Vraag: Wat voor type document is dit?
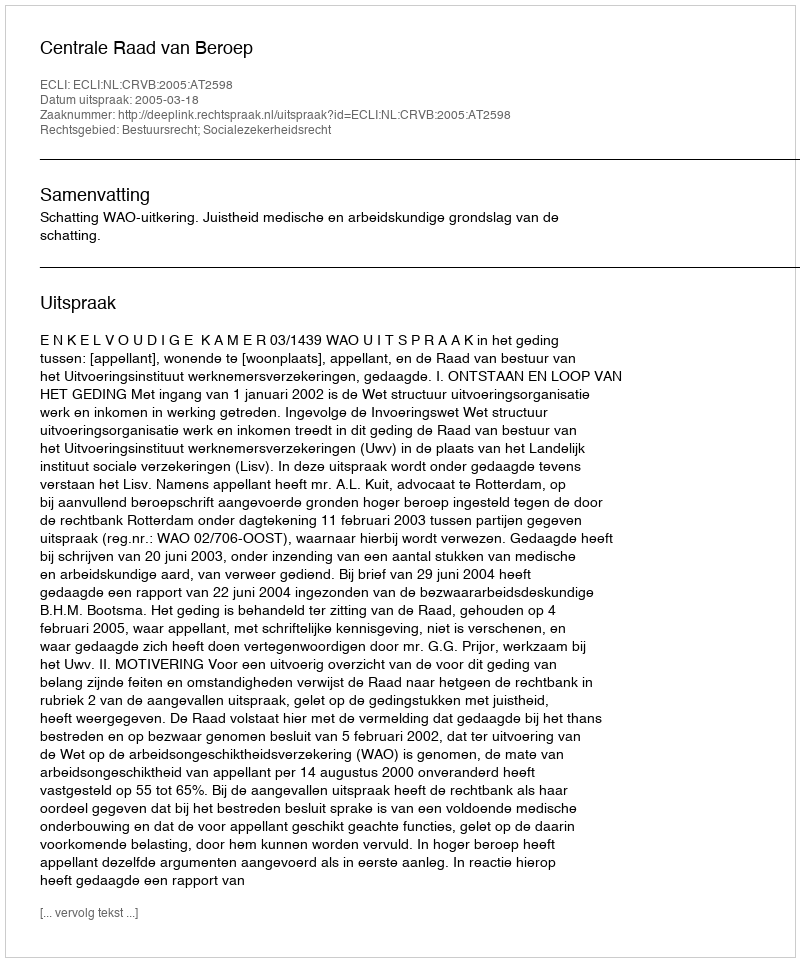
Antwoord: Uitspraak